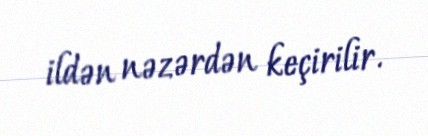
ildən nəzərdən keçirilir.